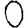
Digit: 0